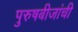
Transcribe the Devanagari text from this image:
पुरुषबीजांची